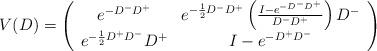
LaTeX: \begin{align*}V (D)=\left( \begin{array}{cc} e^{-D^- D^+} & e^{-\frac{1}{2}D^- D^+}\left( \frac{I- e^{-D^- D^+}}{D^- D^+} \right) D^-\\e^{-\frac{1}{2}D^+ D^-}D^+& I- e^{-D^+ D^-}\end{array} \right)\end{align*}